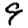
Digit: 9